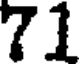
71